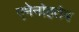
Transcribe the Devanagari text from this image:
एमेनोहतेप